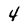
Character: 4